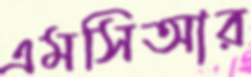
এমসিআর